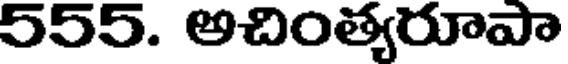
555. అచింత్యరూపా